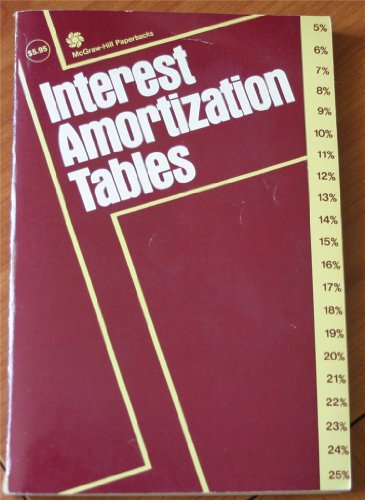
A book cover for Interest Amortization Tables (McGraw-Hill paperbacks); Jack C. Estes; Business & Money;